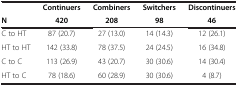
|  | Continuers | Combiners | Switchers | Discontinuers |
 | N | 420 | 208 | 98 | 46 |
 | --- | --- | --- | --- | --- |
 | C to HT | 87 (20.7) | 27 (13.0) | 14 (14.3) | 12 (26.1) |
 | HT to HT | 142 (33.8) | 78 (37.5) | 24 (24.5) | 16 (34.8) |
 | C to C | 113 (26.9) | 43 (20.7) | 30 (30.6) | 14 (30.4) |
 | HT to C | 78 (18.6) | 60 (28.9) | 30 (30.6) | 4 (8.7) |